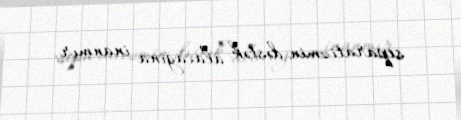
separatizmin dəstək alacağına inanmır.